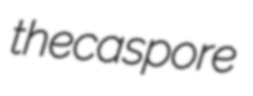
thecaspore